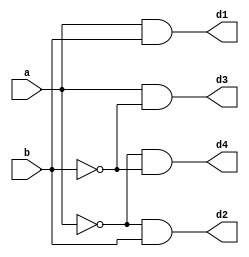
`timescale 1ns / 1ps
//////////////////////////////////////////////////////////////////////////////////
// By Pratik Gupta
//
// Module Name:   2 to 4 decoder
//
// Description : A decoder is a circuit which has n inputs and 2n outputs, and 
// outputs 1 on the wire corresponding to the binary number represented by the inputs.
// This decoder takes 2 inputs and gives 4 outputs.
//
//
//////////////////////////////////////////////////////////////////////////////////
module decoder(
   input a ,
   input b,
	output d1,
	output d2,
	output d3,
	output d4
	);
	
	and(d1,a,b);
	and(d2,~a,b);
	and(d3,a,~b);
	and(d4,~a,~b);


endmodule